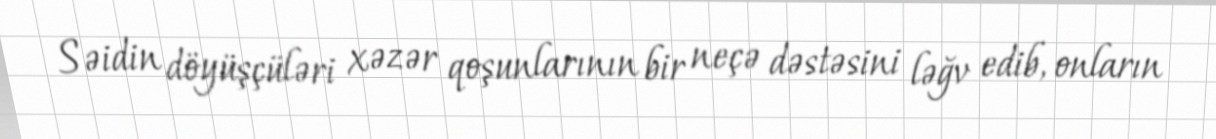
Səidin döyüşçüləri xəzər qoşunlarının bir neçə dəstəsini ləğv edib, onların